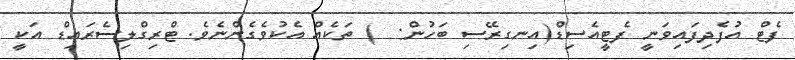
ފެޓް އުފެދިފައިވަނީ ފެޓީއެސިޑް(އިނގިރޭސި ބަހުން:  ) ތަކެއް އެކުވެގެންނެވެ. ޓްރިގްލިސެރައިޑް އަކީ